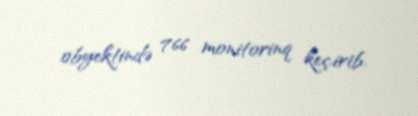
obyektində 766 monitorinq keçirib.